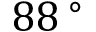
8 8 \, ^ { \circ }